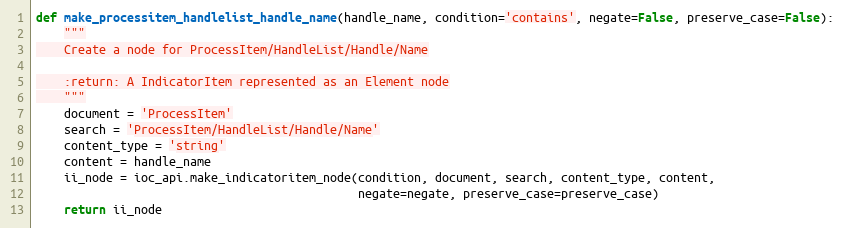
Language: Python
def make_processitem_handlelist_handle_name(handle_name, condition='contains', negate=False, preserve_case=False):
    """
    Create a node for ProcessItem/HandleList/Handle/Name

    :return: A IndicatorItem represented as an Element node
    """
    document = 'ProcessItem'
    search = 'ProcessItem/HandleList/Handle/Name'
    content_type = 'string'
    content = handle_name
    ii_node = ioc_api.make_indicatoritem_node(condition, document, search, content_type, content,
                                              negate=negate, preserve_case=preserve_case)
    return ii_node